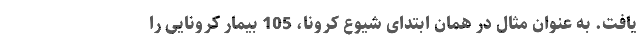
یافت. به عنوان مثال در همان ابتدای شیوع کرونا، 105 بیمار کرونایی را